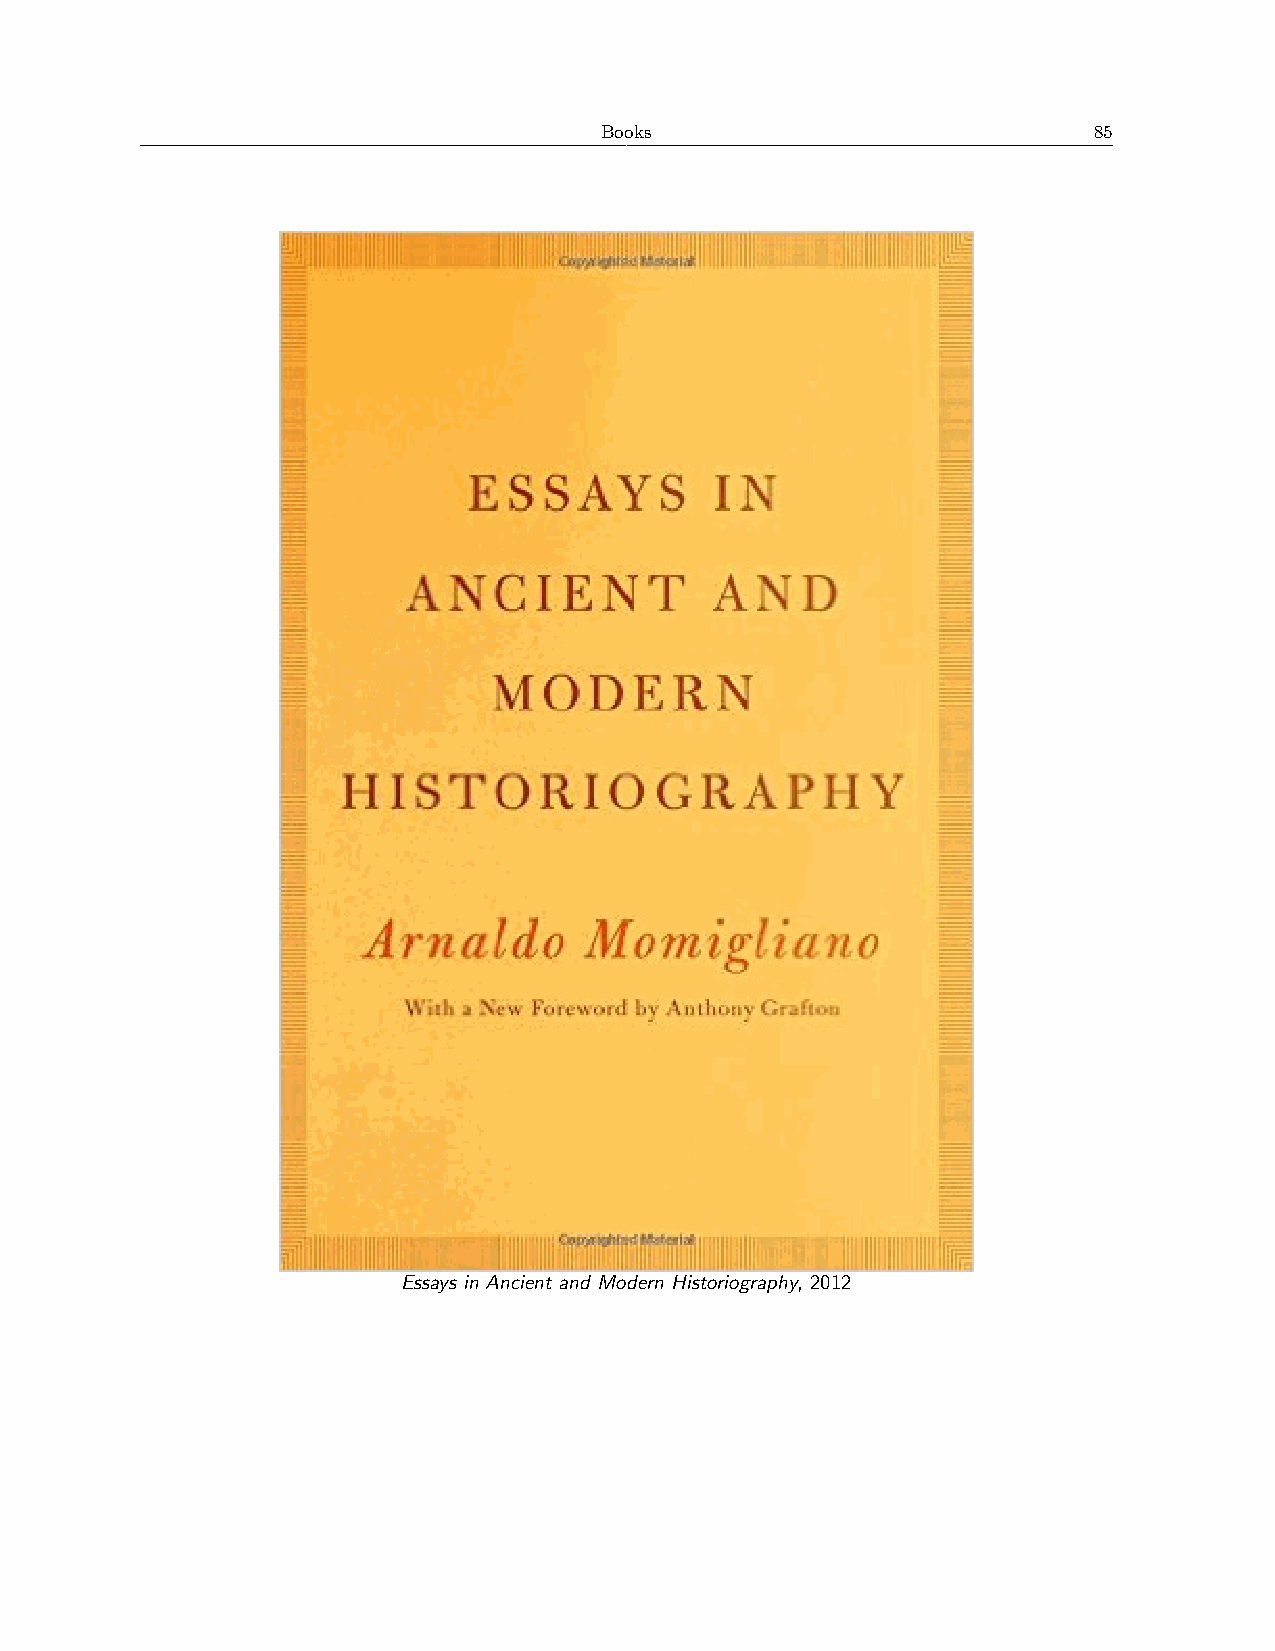
Books                           85
 Essays in Ancient and Modern Historiography, 2012